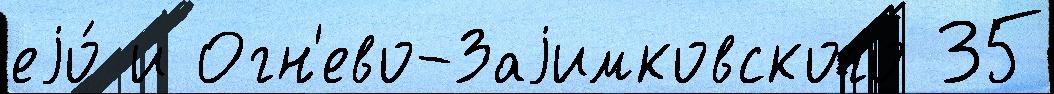
еjо́ и Огн'ево-Заjимковского 35